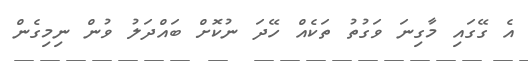
އެ ގޭގައި މާގިނަ ވަގުތު ތަކެއް ހޭދަ ނުކޮށް ބައްދަލު ވުން ނިމިގެން